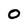
Character: O